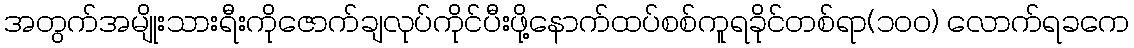
အတွက်အမျိုးသားရီးကိုဇောက်ချလုပ်ကိုင်ပီးဖို့နောက်ထပ်စစ်ကူရခိုင်တစ်ရာ(၁၀၀) လောက်ရခကေ